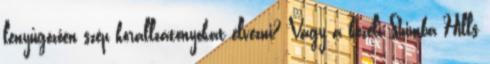
lenyűgözően szép korallzátonyokat élvezni? Vagy a közeli Shimba Hills